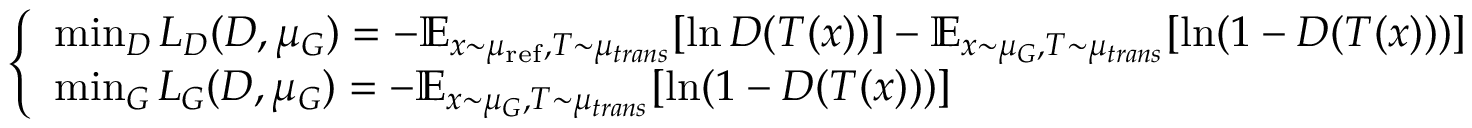
{ \left\{ \begin{array} { l l } { \operatorname* { m i n } _ { D } L _ { D } ( D , \mu _ { G } ) = - \mathbb { E } _ { x \sim \mu _ { \mathrm { r e f } } , T \sim \mu _ { t r a n s } } [ \ln D ( T ( x ) ) ] - \mathbb { E } _ { x \sim \mu _ { G } , T \sim \mu _ { t r a n s } } [ \ln ( 1 - D ( T ( x ) ) ) ] } \\ { \operatorname* { m i n } _ { G } L _ { G } ( D , \mu _ { G } ) = - \mathbb { E } _ { x \sim \mu _ { G } , T \sim \mu _ { t r a n s } } [ \ln ( 1 - D ( T ( x ) ) ) ] } \end{array} \right. }